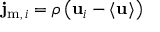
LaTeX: \mathbf { j } _ { \mathrm { { m } } , \, i } = \rho \left( \mathbf { u } _ { i } - \langle \mathbf { u } \rangle \right)